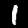
Label: 1